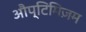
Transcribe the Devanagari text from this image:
औप्टिमिज़म